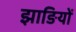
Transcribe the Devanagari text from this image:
झाङियों